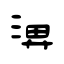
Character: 淠